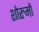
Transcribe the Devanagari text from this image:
शोरुमों